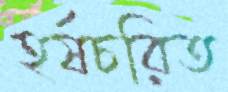
হর্ষচরিত